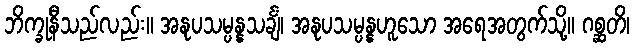
ဘိက္ခုနီသည်လည်း။ အနုပသမ္ပန္နသင်္ချံ၊ အနုပသမ္ပန္နဟူသော အရေအတွက်သို့။ ဂစ္ဆတိ၊